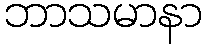
ဘာသမာနာ